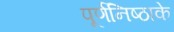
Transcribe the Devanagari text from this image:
पूर्णनिष्ठाके